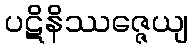
ပဋိနိဿဇ္ဇေယျ